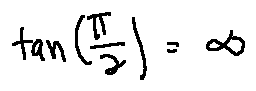
\tan ( \frac { \pi } { 2 } ) = \infty